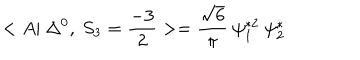
< A | ~ \Delta ^ { 0 } , ~ S _ { 3 } = \frac { - 3 } { 2 } > = \frac { \sqrt { 6 } } { \pi } ~ \psi _ { 1 } ^ { * 2 } ~ \psi _ { 2 } ^ { * }